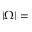
| \Omega | =